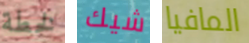
لخطة شيك المافيا